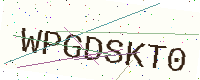
Text: WPGDSKT0